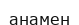
анамен